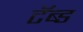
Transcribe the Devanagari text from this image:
टॅब्ड